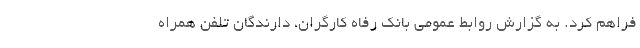
فراهم کرد. به گزارش روابط عمومی بانک رفاه کارگران، دارندگان تلفن همراه